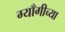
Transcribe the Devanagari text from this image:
ग्याँगीच्या